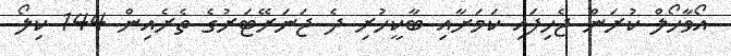
އޯވާހޯލް ކުރަން ޖެހިފައި ކަމަށާއި ބާކީހުރި ދެ ޖަނަރޭޓަރުގެ ތެރެއިން 144 ކިލޯ